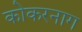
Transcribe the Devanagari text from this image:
कोकरनाग